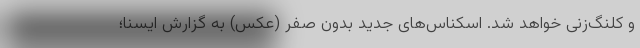
و کلنگ‌زنی خواهد شد. اسکناس‌های جدید بدون صفر (عکس) به گزارش ایسنا؛